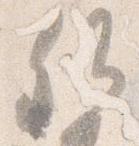
卿